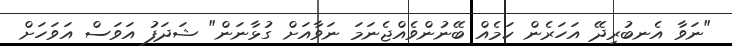
"ނަވާ އެނބުރިދޭ އަހަރެން ކަމެއް ބޭނުންވެއްޖެނަމަ ނަވާއަށް ގުޅާނަން" ޝަދަފު އަވަސް އަވަހަށް